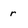
Character: r